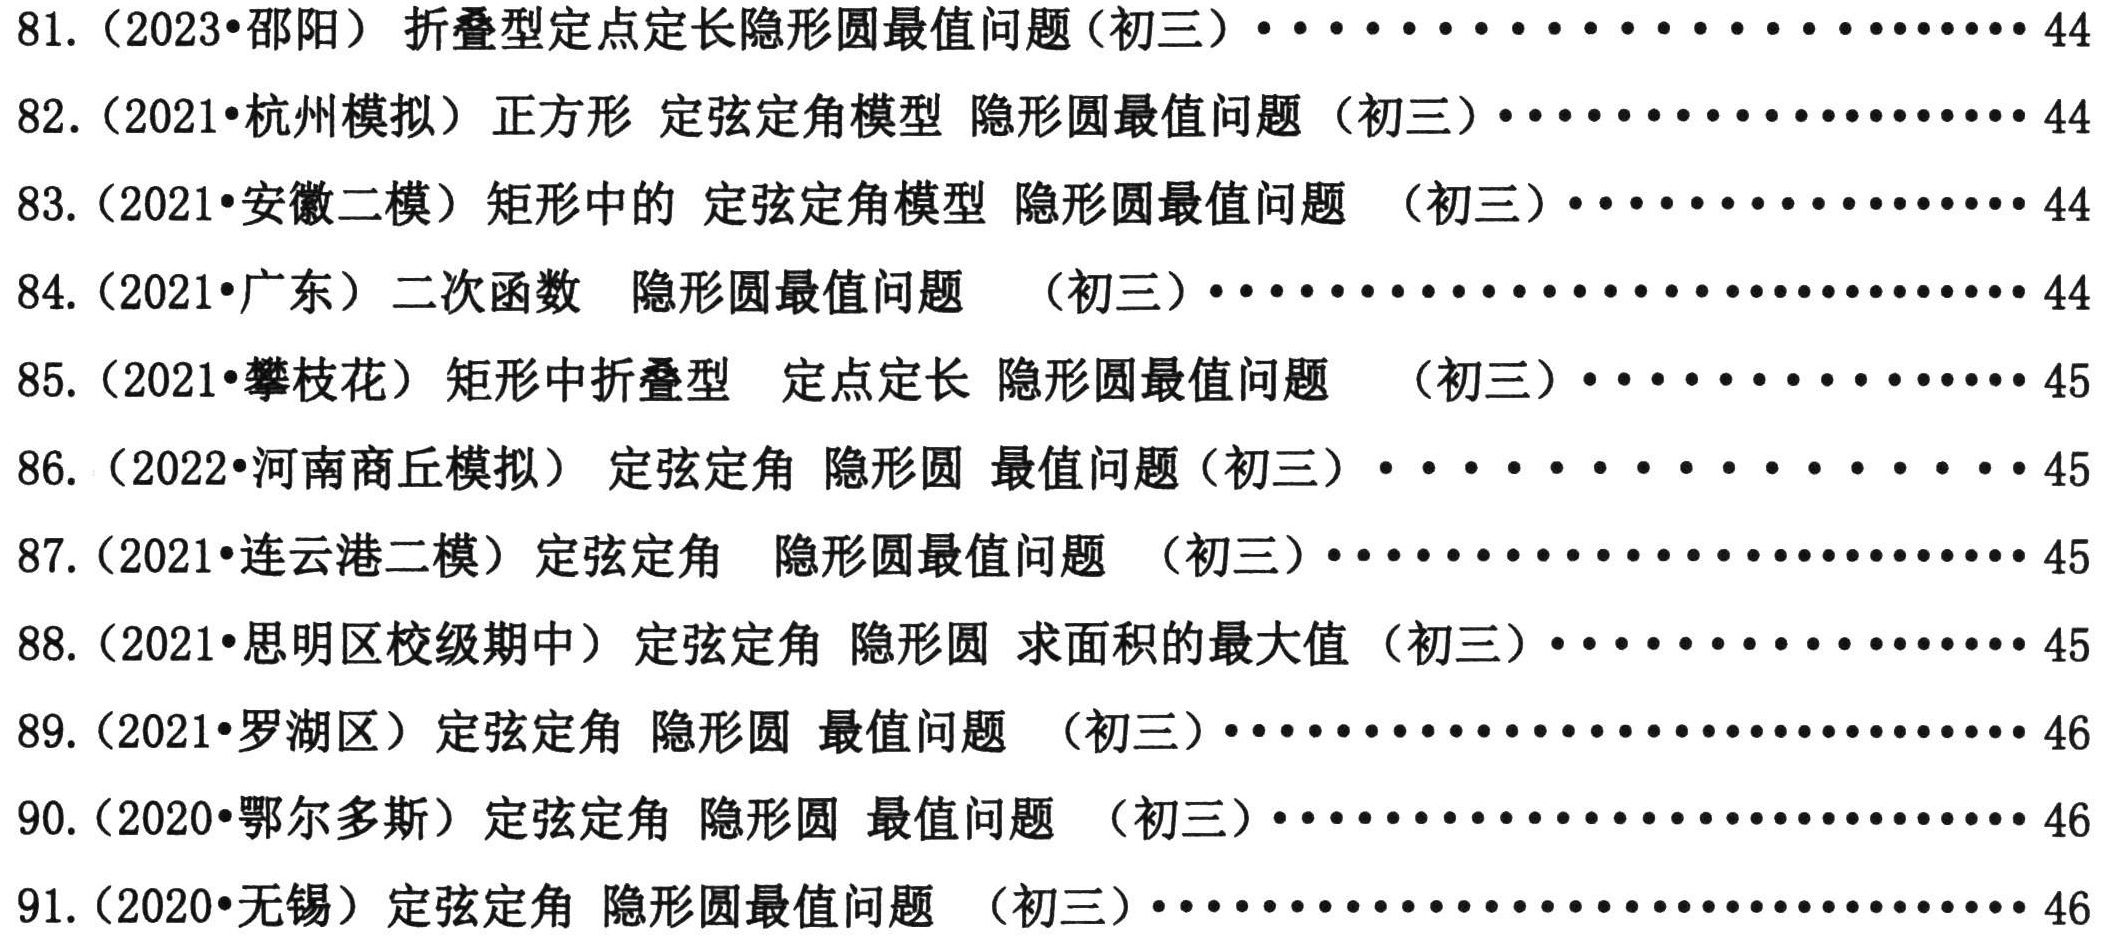
81. （2023•邵阳）折叠型定点定长隐形圆最值问题（初三）··························44

82. （2021•杭州模拟）正方形 定弦定角模型 隐形圆最值问题（初三）··················44

83. （2021•安徽二模）矩形中的 定弦定角模型 隐形圆最值问题 （初三）················44

84. （2021•广东）二次函数 隐形圆最值问题 （初三）····························44

85. （2021•攀枝花）矩形中折叠型 定点定长 隐形圆最值问题 （初三）················45

86. （2022•河南商丘模拟）定弦定角 隐形圆 最值问题（初三）····················45

87. （2021•连云港二模）定弦定角 隐形圆最值问题 （初三）······················45

88. （2021•思明区校级期中）定弦定角 隐形圆 求面积的最大值（初三）················45

89. （2021•罗湖区）定弦定角 隐形圆 最值问题 （初三）························46

90. （2020•鄂尔多斯）定弦定角 隐形圆 最值问题 （初三）······················46

91. （2020•无锡）定弦定角 隐形圆最值问题 （初三）····························46